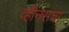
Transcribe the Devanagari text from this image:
व्हीनसचा